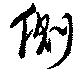
側